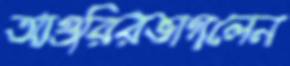
আগুরিরভাগলেন